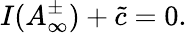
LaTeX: I(A_{\infty}^{\pm})+\tilde{c}=0.